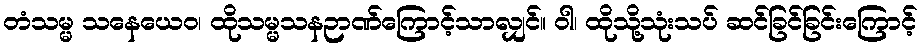
တံသမ္မ သနေယေဝ၊ ထိုသမ္မသနဉာဏ်ကြောင့်သာလျှင်။ ဝါ၊ ထိုသို့သုံးသပ် ဆင်ခြင်ခြင်းကြောင့်